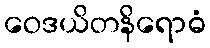
ဝေဒယိတနိရောဓံ